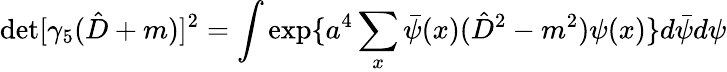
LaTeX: \operatorname*{det}[\gamma_{5}(\hat{D}+m)]^{2}=\int\exp\{ a^{4}\sum_{x}\bar{\psi}(x)(\hat{D}^{2}-m^{2})\psi(x)\} d\bar{\psi}d\psi